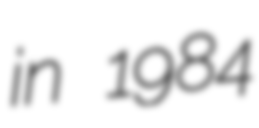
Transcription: in 1984